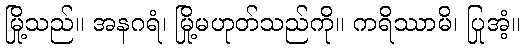
မြို့သည်။ အနဂရံ၊ မြို့မဟုတ်သည်ကို။ ကရိဿာမိ၊ ပြုအံ့။